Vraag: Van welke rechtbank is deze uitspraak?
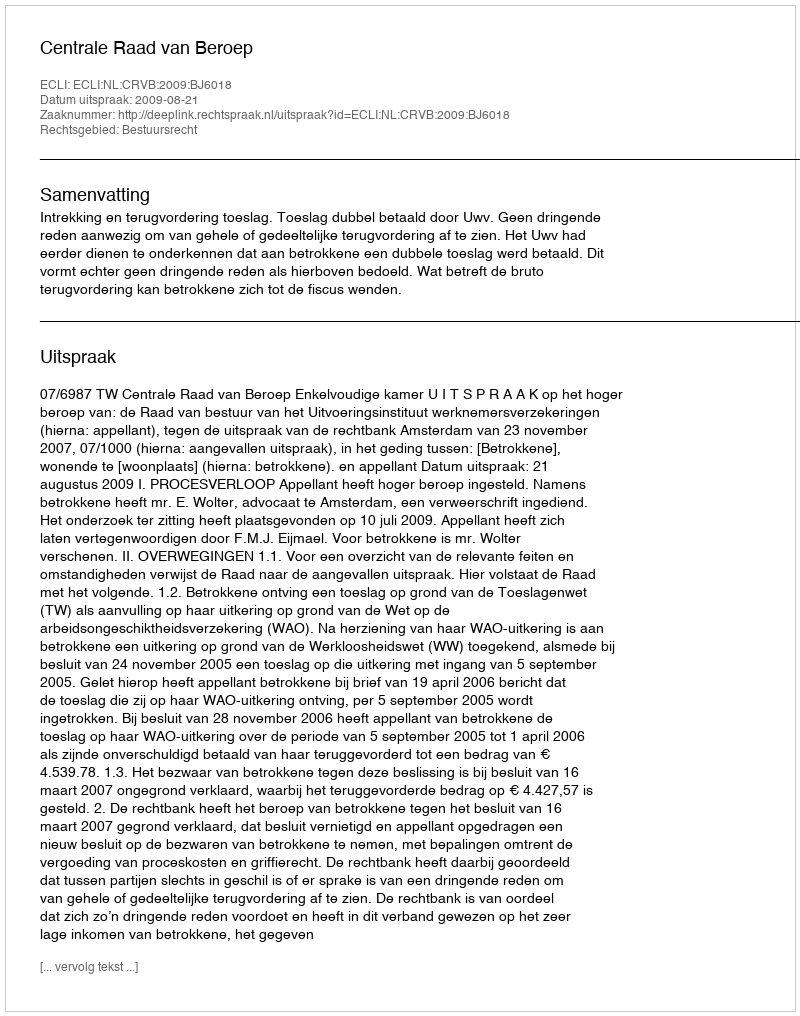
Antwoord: Centrale Raad van Beroep